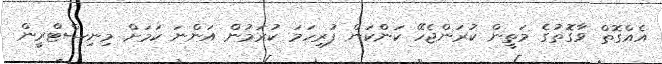
އެއްގޮތް ވާގޮތުގެ މަތީން ކުރަންޖެހޭ ކަންކަން ފުރިހަމަ ކުރަމުން އަންނަ ކަމަށް މިނިސްޓްރީން